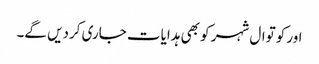
اور کوتوال شہر کو بھی ہدایات جاری کردیں گے۔